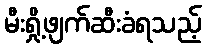
မီးရှို့ဖျက်ဆီးခံရသည့်